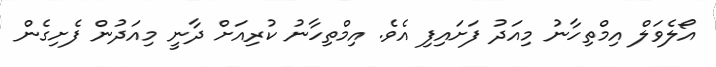
އޯލެވަލް އިމްތިހާނު މިއަދު ފަށައިފި އެވެ. އިމްތިހާނު ކުރިއަށް ދާނީ މިއަދުން ފެށިގެން